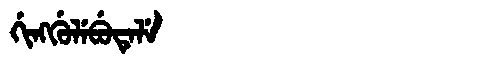
Manchu: ᡤᡳᠩᡤᡠᠯᡝᠪᡠᡨᡝᠯᡝ
Romanization: GINGGULEBUTELE